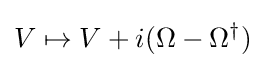
V\mapsto V+i(\Omega -\Omega ^{\dagger })